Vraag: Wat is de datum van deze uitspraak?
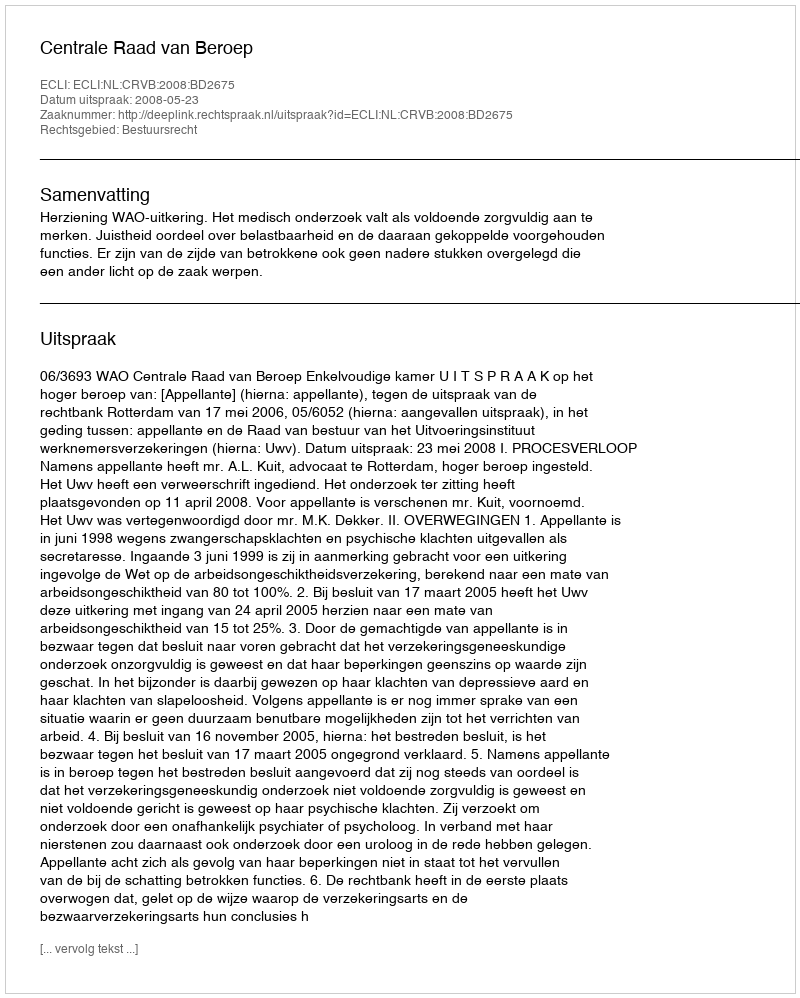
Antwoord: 2008-05-23